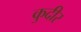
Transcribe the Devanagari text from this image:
कुदीर